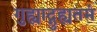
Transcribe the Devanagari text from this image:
गुह्याद्गुह्यतमं